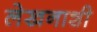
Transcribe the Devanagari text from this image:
लेखनाशी